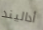
أداليند